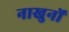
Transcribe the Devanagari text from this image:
नाखुनों